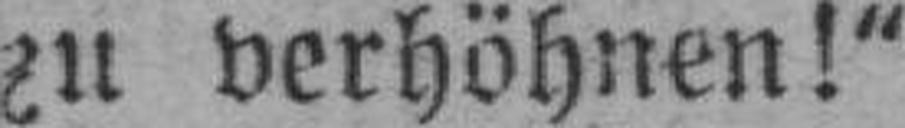
zu verhöhnen!“